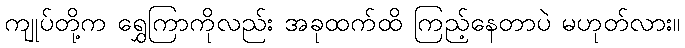
ကျုပ်တို့က ရွှေကြာကိုလည်း အခုထက်ထိ ကြည့်နေတာပဲ မဟုတ်လား။